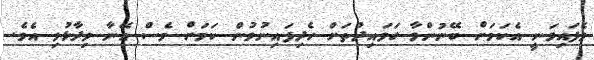
ވެފައިވަނީ އެކަމަށް ބޭނުންވާ ގަވައިދުތަށް ހެދިފައިނުވުން ކަމަށް ވެސް އޭނާ ވިދާޅުވި އެވެ.